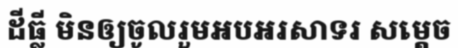
ដីធ្លី មិនឲ្យចូលរួមអបអរសាទរ សម្តេច